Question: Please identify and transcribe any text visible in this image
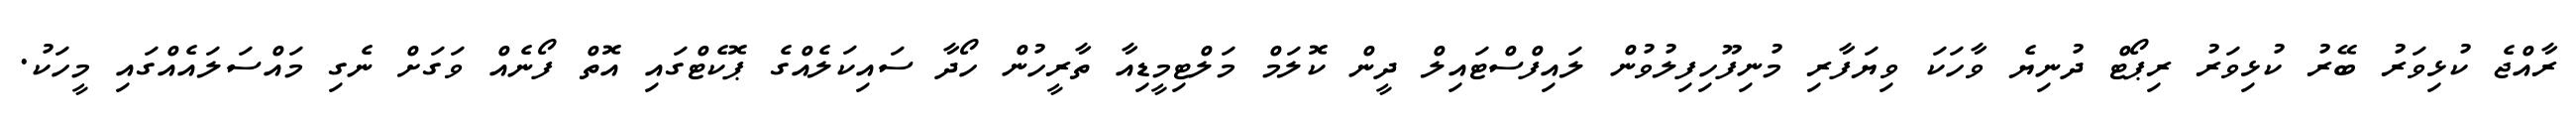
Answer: ރާއްޖެ ކުޅިވަރު ބޭރު ކުޅިވަރު ރިޕޯޓް ދުނިޔެ ވާހަކަ ވިޔަފާރި މުނިފޫހިފިލުވުން ލައިފްސްޓައިލް ދީން ކޮލަމް މަލްޓިމީޑިއާ ތާރީހުން ހޯދާ ސައިކަލެއްގެ ޕޮކެޓްގައި އޮތް ފޯނެއް ވަގަށް ނެގި މައްސަލައެއްގައި މީހަކު.